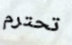
تحترم